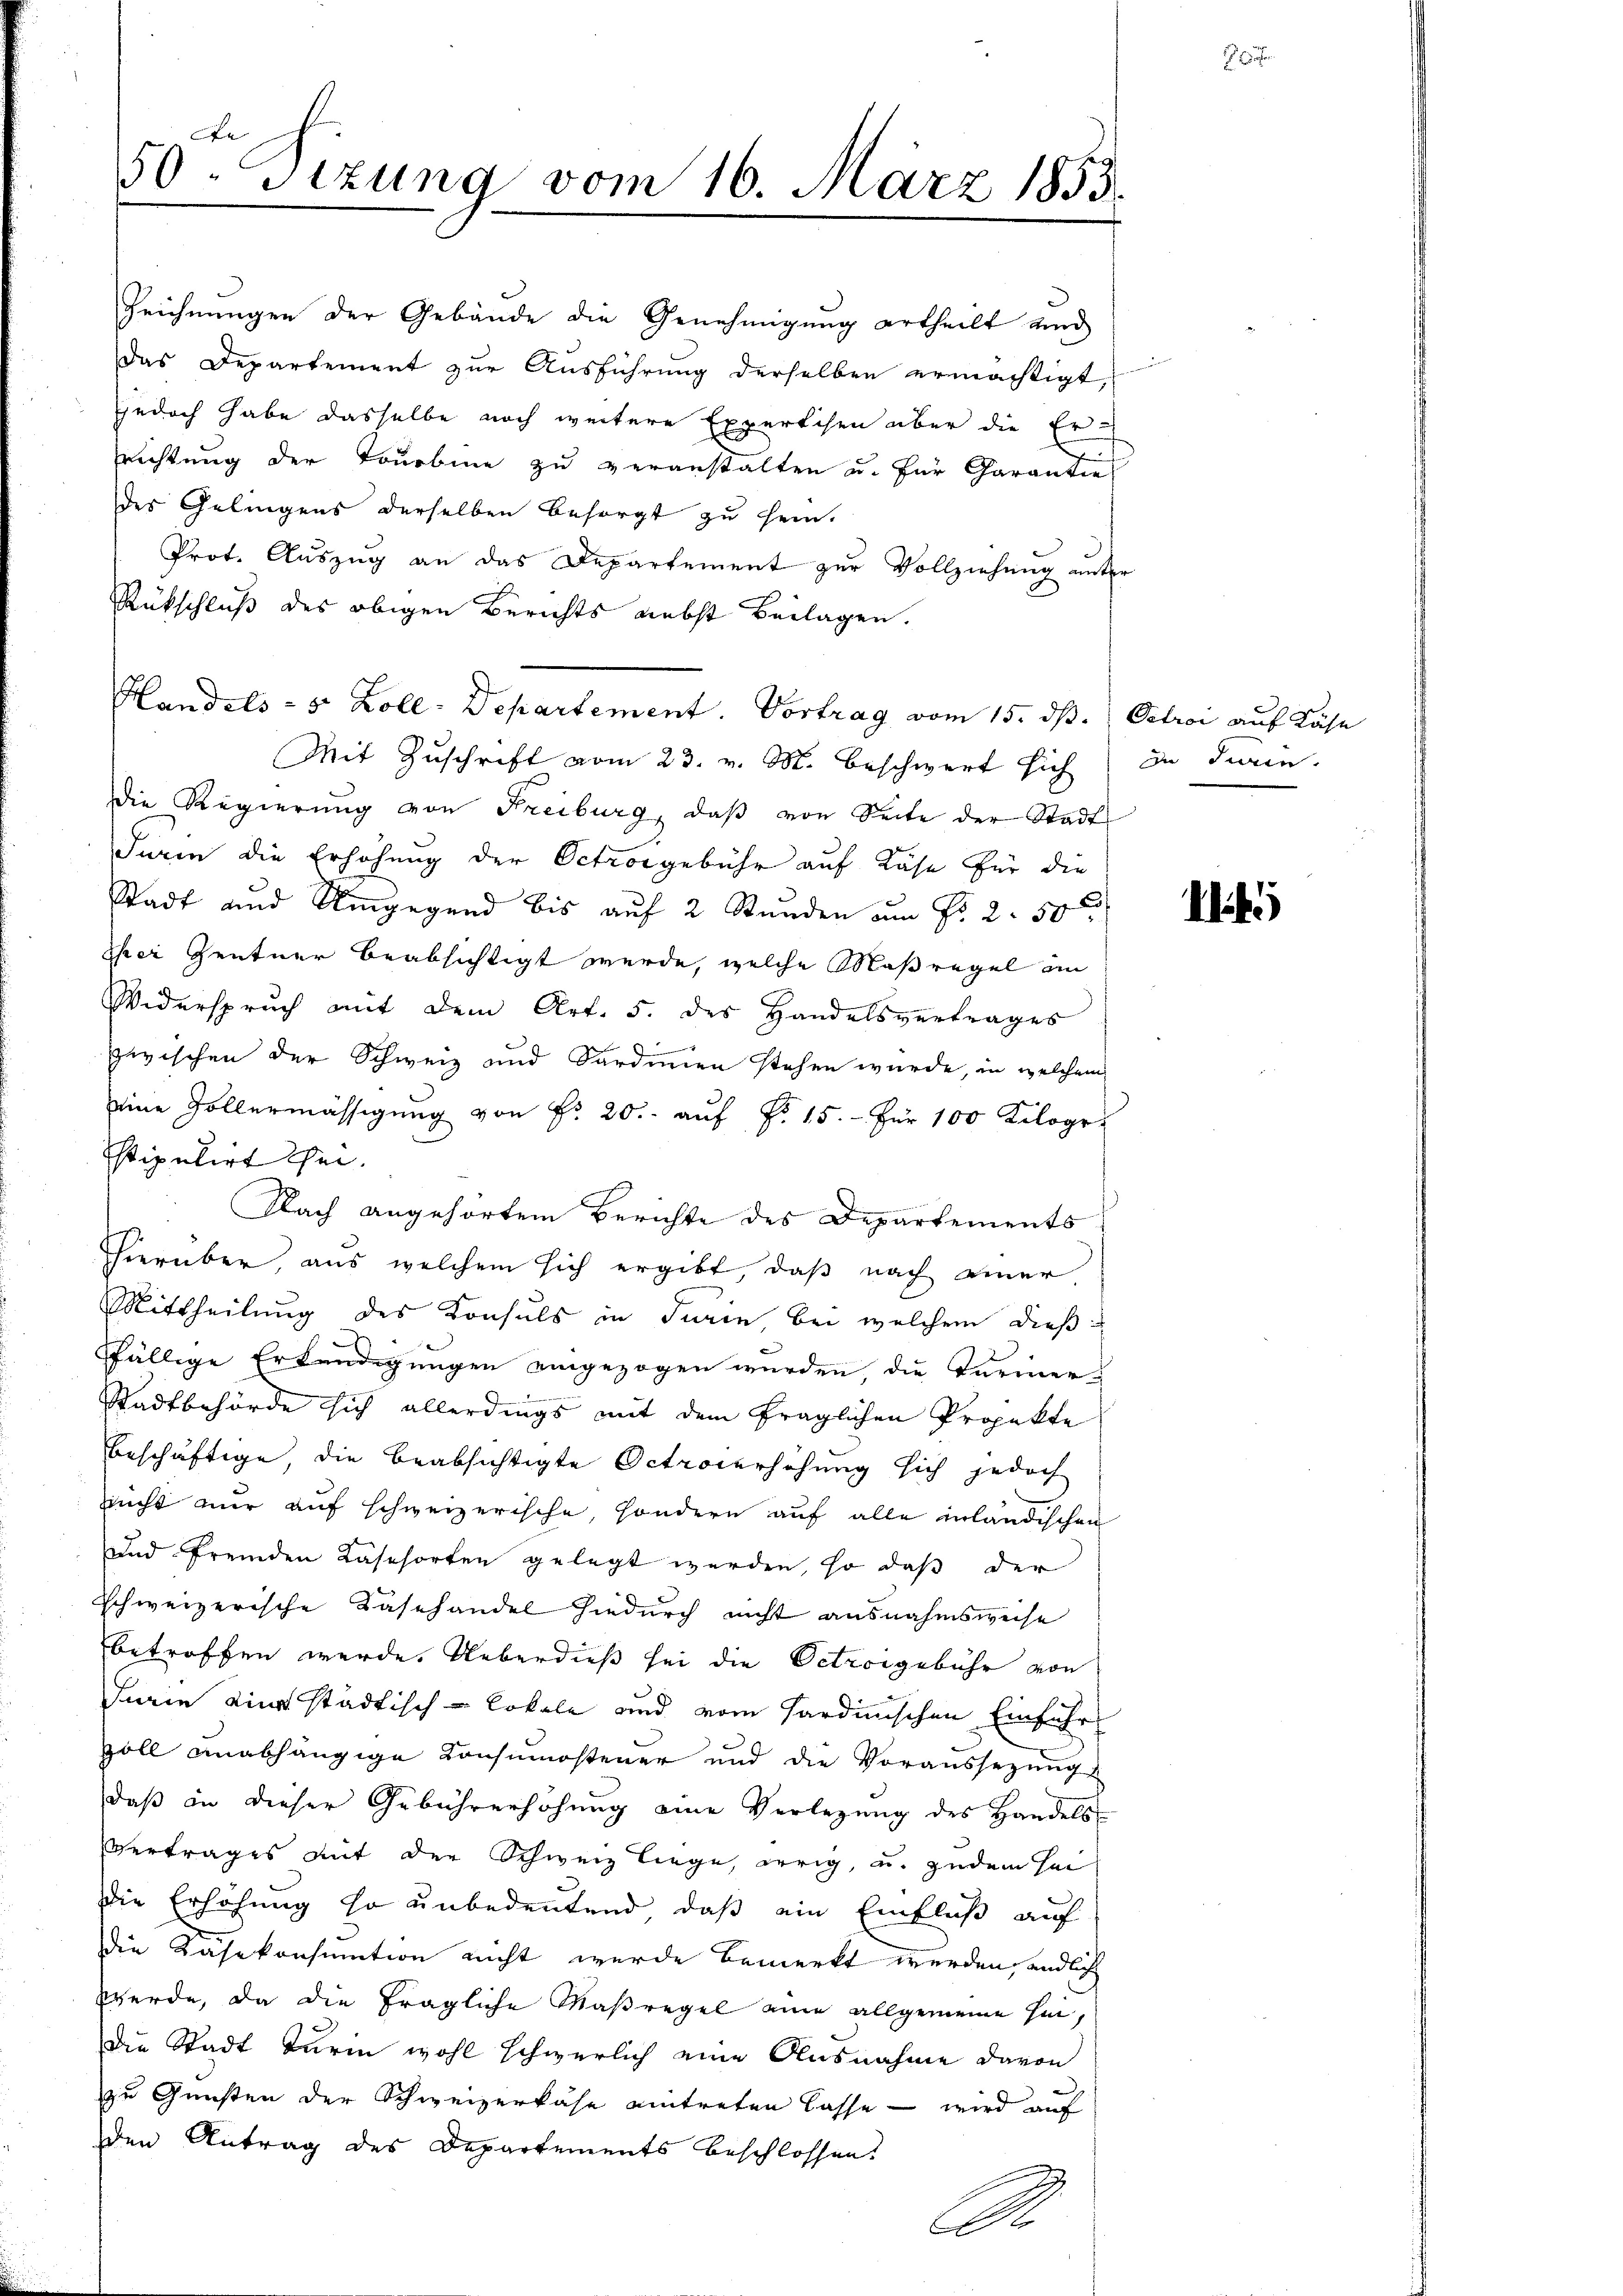
50 Sizung vom 16. März 1853.

Zeichnungen der Gebäude die Genehmigung ertheilt und
Das Departement zur Ausführung derselben ermächtigt,
jjedoch habe dasselbe noch weitere Expertisen aber die Errichtung der Tourbine zu veranstalten u. für Garantie
des Gelingens derselben besorgt zu sein.
Prot. Auszug an das Departement zur Vollziehung unter
Rückschluß des obigen Berichts nebst Beilagen.
Handels- 5 Zoll-Departement. Vortrag vom 15. dß. Octroi auf Käse
Mit Zuschrift vom 23. v. M. beschwert sich in darin.
Die Regierung von Freiburg, daß von Seite der Stadt
Furin die Erhöhung der Octrosgebühr auf Käse für die
Stadt und Umgegend bis auf 2 Stunden am Fr. 2. 50
her Zentner beabsichtigt wurde, welche Maßregel im
Widerspruch mit dem Art. 5. des Handelsvertrages

zwischen der Schweiz und Sardinien stehen würde, in welchem
seine Zollermässigŭng von Fr. 20. aŭf Fr. 15.- für 100 Kilogr
stipulirt sei.
Nach angehörtem Berichte des Departements
hierüber, aus welchem sich ergibt, daß nach einer
Mittheilung des Konsuls in Turin, bei welchem dießffällige Erkendigungen eingezogen wurden, die Turiner¬
Stadtbehörde sich allerdings mit dem fraglichen Projekte
beschäftige, die beabsichtigte Octoberhöhung sich jedoch
sucht mir auf schweizerische, sondern auf alle inländischen
und fremden Käseforten gelegt werden, so daß der
Schweizerische Kasehandel hiedurch nicht ausnahmsweise
betroffen werde. Ueberdieß sei die Octroigebühr von
Jurie eine städtisch-Lokale und vom Hardinischen Einfuhr
voll unabhängige Konsumostener und die Voraussezung
daß an dieser Gebührerhöhung eine Verlegung des Handels
Vertrages mit der Schweiz liege, arrig, u. zudem Hei
die Erhöhung so unbedeutend, daß ein Einfluß auf
die Käsekonsumtion nicht wurde bemerkt werden endlich
werde, da die fragliche Maßregel eine allgemeine sei,
Die Stadt Turin wohl schwerlich eine Ausnahme davon
zu Gunsten der Schweizerkase eintreten lasse - wird auf
den Antrag des Departements beschlossen.
A

i